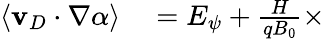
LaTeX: \begin{array}{rl}{\langle\mathbf{v}_{D}\cdot\nabla\alpha\rangle}&{{}=E_{\psi}+\frac{H}{qB_{0}}\times}\end{array}